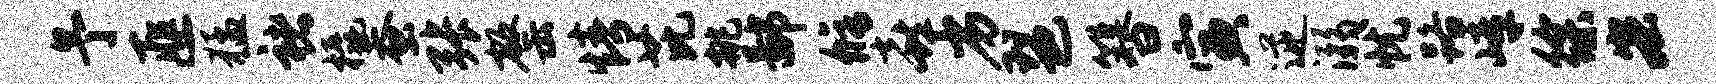
予匪猛褚橇蚕张罄情芘挑鄙修喜劣琶簪寅逆溺忧路嶂徐宏